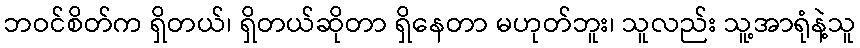
ဘဝင်စိတ်က ရှိတယ်၊ ရှိတယ်ဆိုတာ ရှိနေတာ မဟုတ်ဘူး၊ သူလည်း သူ့အာရုံနဲ့သူ